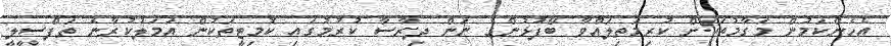
އެހެންކަމުން މަގާމުތަކަށް ކުރިމަތިލައްވާ ބޭފުޅުންގެ ނަން ދިރާސާ ކުރުމުގައި ކޮމިޓީތަކުން އަމަލުކުރާނެ ތަފްސީލީ